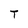
Character: T